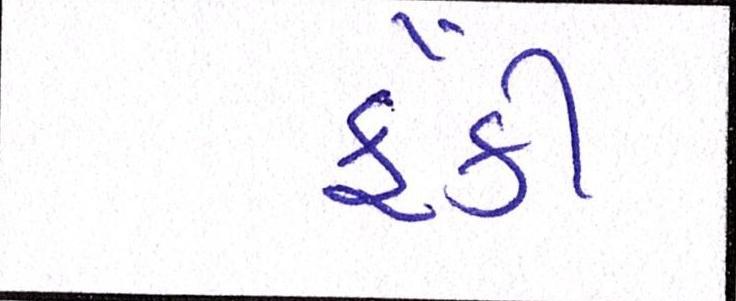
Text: ફેંકી